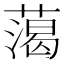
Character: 䔽